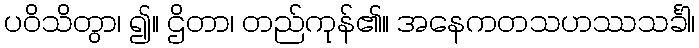
ပဝိသိတွာ၊ ၍။ ဌိတာ၊ တည်ကုန်၏။ အနေကတသဟဿသင်္ခါ၊